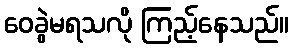
ဝေခွဲမရသလို ကြည့်နေသည်။